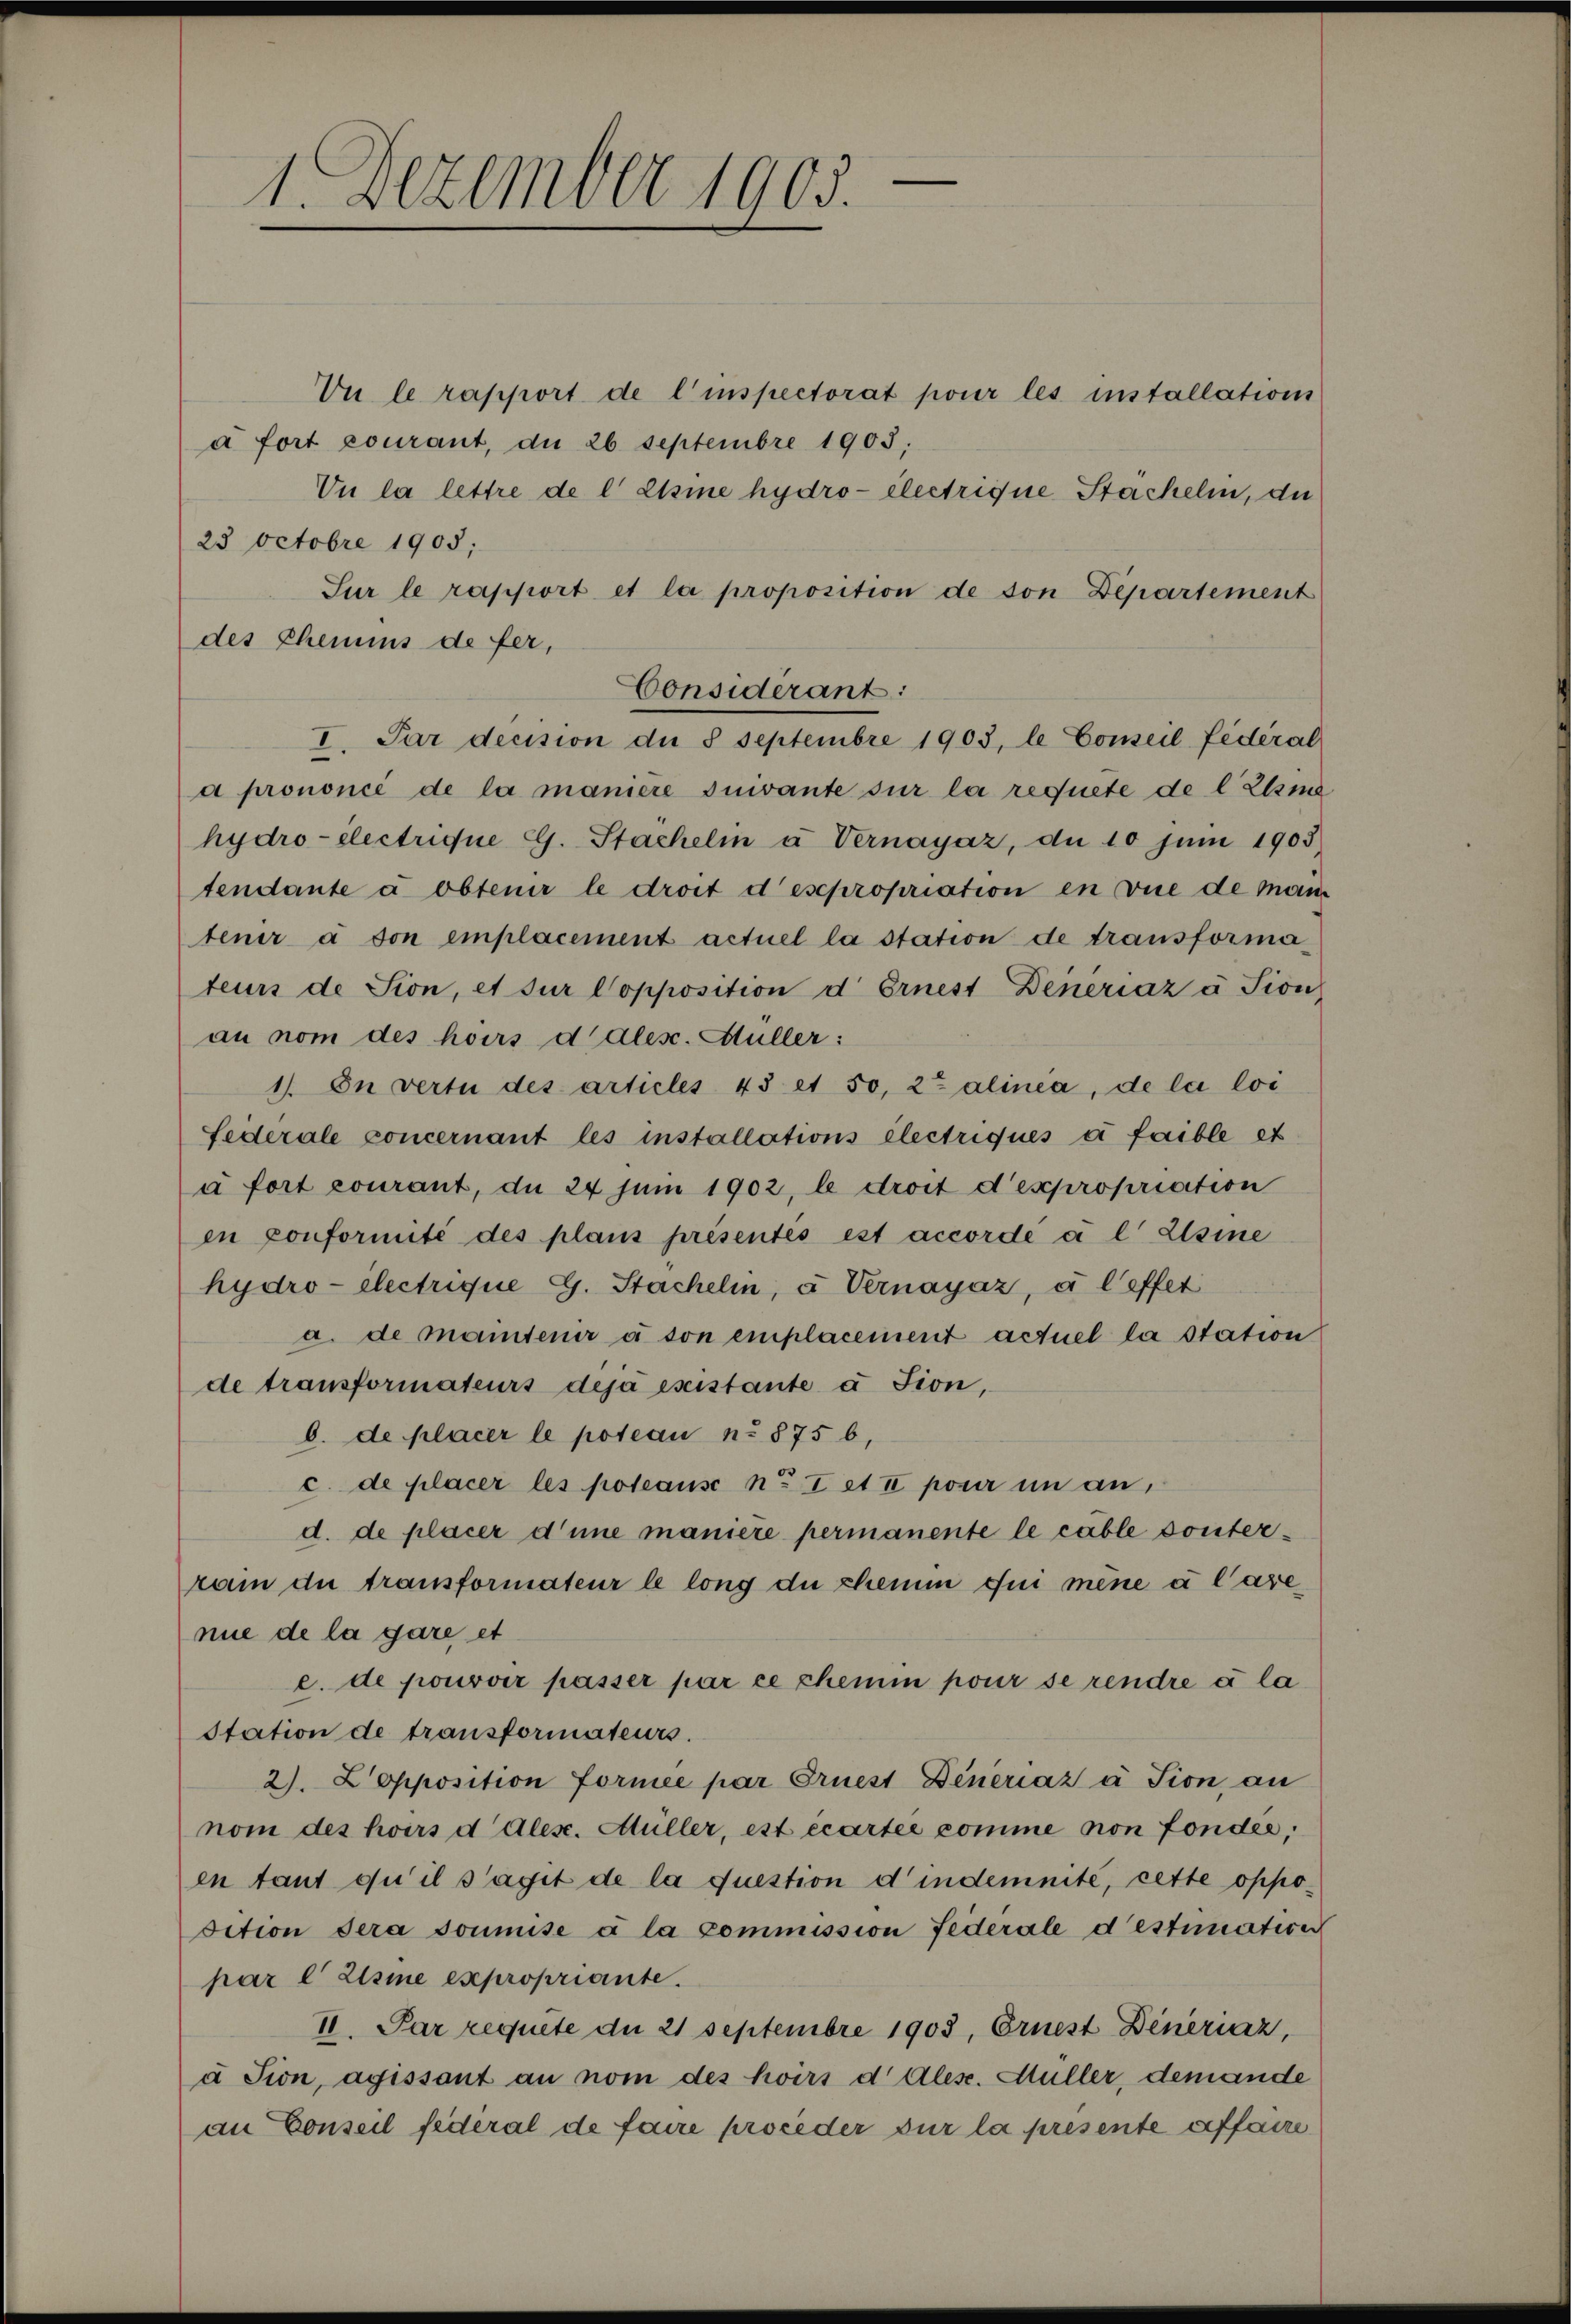
Vu le rapport de l’inspectorat pour les installations
à fort courant, du 26 Septembre 1905;
Un la lettre de l' Etsine hydro- électrigne Stackelin, die
23 Octobre 1905;
Sur le rapport et la proposition de von Departement
des Chemins de fer,
a prononcé de la manière suivante sur la requete de l Zlsma
hydro-electrique G. Stächelm u Vernayaz, du 10 Juni 1903
tendante a obtenir le droit desepropriation en vue de mann
tenir à son emplacement actuel la station de transformateurs de Sion, et für Copposition d Ernest Deneriaz à Sion
an vom des hoirs dales. Müller :
1. In vertu des articles 43 et 50, zu alinea, de la loi
Federale concernant les installations électriques à faible et
à fort courant, du 24 Juni 1902, le droit d’expropriation
en conformité des plans présentés est accordé a l Elsine
hydro- électrique G. Stackelin, u Vernayáz, à l’effet
a. de maintenir à son emplacement actuel la station
de transformateurs deja esistante à sion,
b. de placer le poteau No 875 b,
c. de placer les poteause no I et II poser in an,
d. de placer d’une manière permanente le cable donterrain die transformateur le long du chemm qui mène à l’are
nue de la gare et
e. de pouvoir passer par ce chemin pour se rendre à la
Station de transformateurs.
2). Lopposition formée par Ernest Deneriáz à Sion an
nom des hoirs d Ales. Müller, est écartée comme non fondée,
en tant qu’il s’agit de la question d’indemnité, cette opposition sera soumise a la commission Federale destimative
par l Zisme expropriante.
II. Par requite du 21 Septembre 1903, Ernest Dinériaz,
à Fion, agissant an nom des hoirs d Alex. Hüller, demande
an Conseil fédéral de faire proceder sur la presente affaire

1. Dezember 1903.

Considérant:
I. Par decision der 8 Septembre 1903, le Conseil fédéral